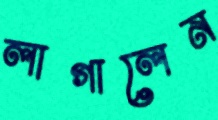
লাগালেন